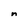
Character: n